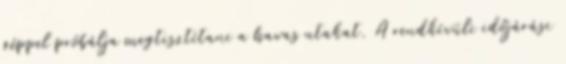
géppel próbálja megtisztítani a havas utakat. A rendkívüli időjárási